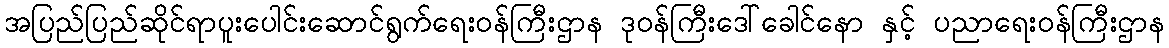
အပြည်ပြည်ဆိုင်ရာပူးပေါင်းဆောင်ရွက်ရေးဝန်ကြီးဌာန ဒုဝန်ကြီးဒေါ်ခေါင်နော နှင့် ပညာရေးဝန်ကြီးဌာန